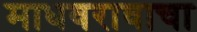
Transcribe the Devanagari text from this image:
माधवरावाचा